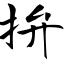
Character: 拚